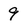
Character: 9